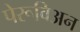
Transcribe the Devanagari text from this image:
पेरूविअन